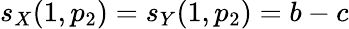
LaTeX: s_{X}(1,p_{2})=s_{Y}(1,p_{2})=b-c